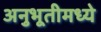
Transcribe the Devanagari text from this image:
अनुभूतीमध्ये